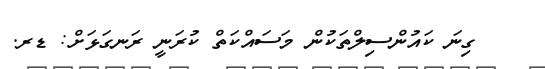
ގިނަ ކައުންސިލްތަކުން މަސައްކަތް ކުރަނީ ރަނގަޅަށް: ޑރ.